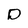
Character: D